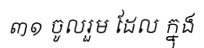
៣១ ចូលរួម ដែល ក្នុង